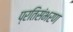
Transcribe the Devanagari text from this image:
प्रतिसंभरण